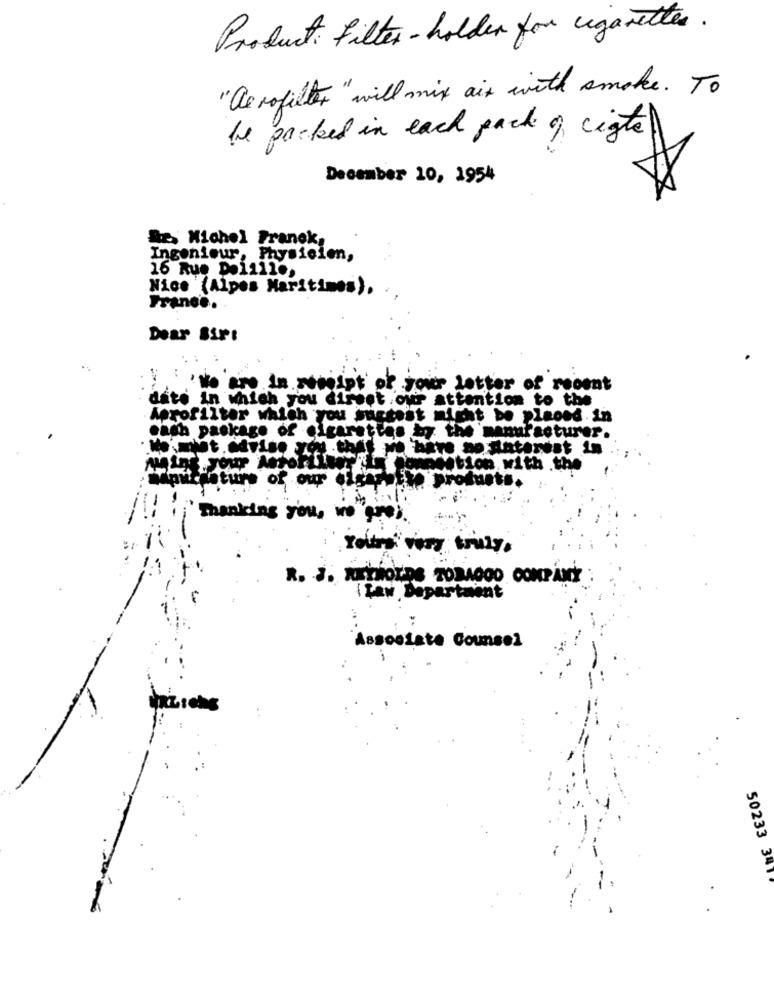
Product: filter - holder for cigaretter.
" Ce rofilter " will mix aix with smoke . To
be packed in each pack of cigte
December 10, 1954
De Michel Franek,
Ingenieur, Physicien,
16 Rue Delille,
Nice (Alpes Maritimes).
Franco.
Dear Bir:
'No are in receipt of your letter of recent
date in which you dirset our attention to the
Aprofilter which you suggest might be placed in
cash pack
age of cigarettes by the manufacturer.
Mains your A
detion with .the'
of our
produets.
Thanking you, we gros
Yours very truly.
R. J. XXYHOLDS TOBAGOO COMPANY
ILaw Departaient
Associate Counsel
50233 341.